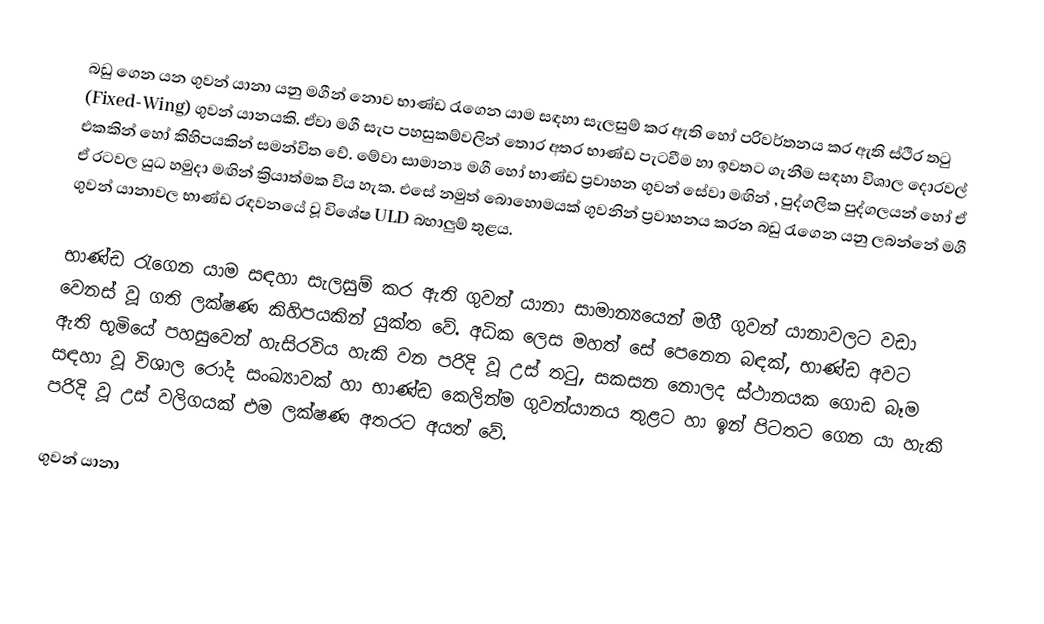
බඩු ගෙන යන ගුවන් යානා යනු මගීන් නොව භාණ්ඩ රැගෙන යාම සඳහා සැලසුම් කර ඇති හෝ පරිවර්තනය කර ඇති ස්ථිර තටු (Fixed-Wing) ගුවන් යානයකි. ඒවා මගී සැප පහසුකම්වලින් තොර අතර භාණ්ඩ පැටවීම හා ඉවතට ගැනීම සඳහා විශාල දොරවල් එකකින් හෝ කිහිපයකින් සමන්විත වේ. මේවා සාමාන්‍ය‍ මගී හෝ භාණ්ඩ ප්‍රවාහන ගුවන් සේවා මඟින් , පුද්ගලික පුද්ගලයන් හෝ ඒ ඒ රටවල යුධ හමුදා මඟින් ක්‍රියාත්මක විය හැක. එසේ නමුත් බොහොමයක් ගුවනින් ප්‍රවාහනය කරන බඩු රැගෙන යනු ලබන්නේ මගී ගුවන් යානාවල භාණ්ඩ රඳවනයේ වූ විශේෂ ULD බහාලුම් තුළය.

භාණ්ඩ රැගෙන යාම සඳහා සැලසුම් කර ඇති ගුවන් යානා සාමාන්‍යයෙන් මගී ගුවන් යානාවලට වඩා වෙනස් වූ ගති ලක්ෂණ කිහිපයකින් යුක්ත වේ. අධික ලෙස මහත් සේ පෙනෙන බඳක්, භාණ්ඩ අවට ඇති භූමියේ පහසුවෙන් හැසිරවිය හැකි වන පරිදි වූ උස් තටු, සකසන නොලද ස්ථානයක ගොඩ බෑම සඳහා වූ විශාල රෝද සංඛ්‍යාවක් හා භාණ්ඩ කෙලින්ම ගුවන්යානය තුළට හා ඉන් පිටතට ගෙන යා හැකි පරිදි වූ උස් වලිගයක් එම ලක්ෂණ අතරට අයත් වේ.

ගුවන් යානා